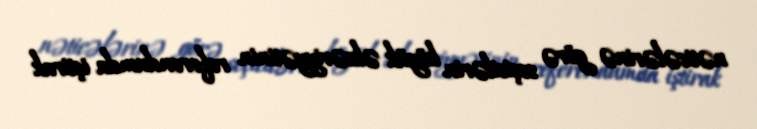
nəticələrinə görə seçicilərin böyük əksəriyyətinin referendumda iştirak